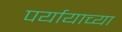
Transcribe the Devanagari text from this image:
पर्यायाच्या